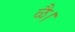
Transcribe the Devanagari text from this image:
ळै।